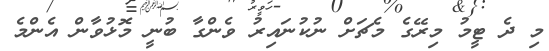
މި ދެ ޓީމު މިރޭގެ މެޗަށް ނުކުނައިރު ވެންގާ ބުނީ މޮޅުވާން އެންމެ